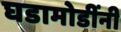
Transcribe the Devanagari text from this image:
घडामोडींनी